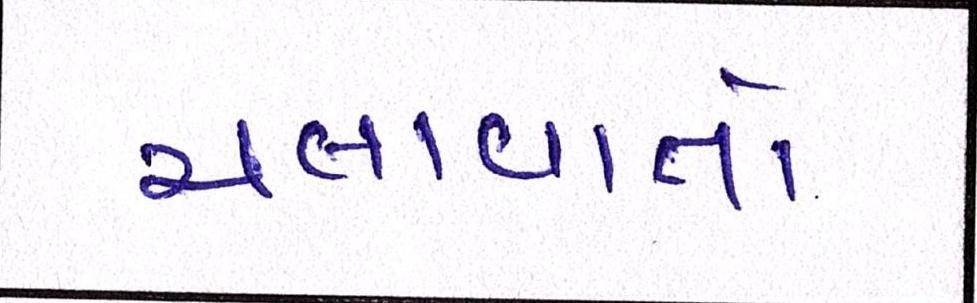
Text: ચલાવાતો